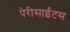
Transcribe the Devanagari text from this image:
पेरीसाईंटस